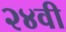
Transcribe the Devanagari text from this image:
२४वी